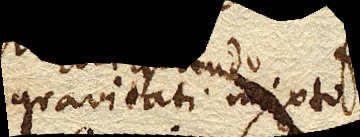
gravitati mixto